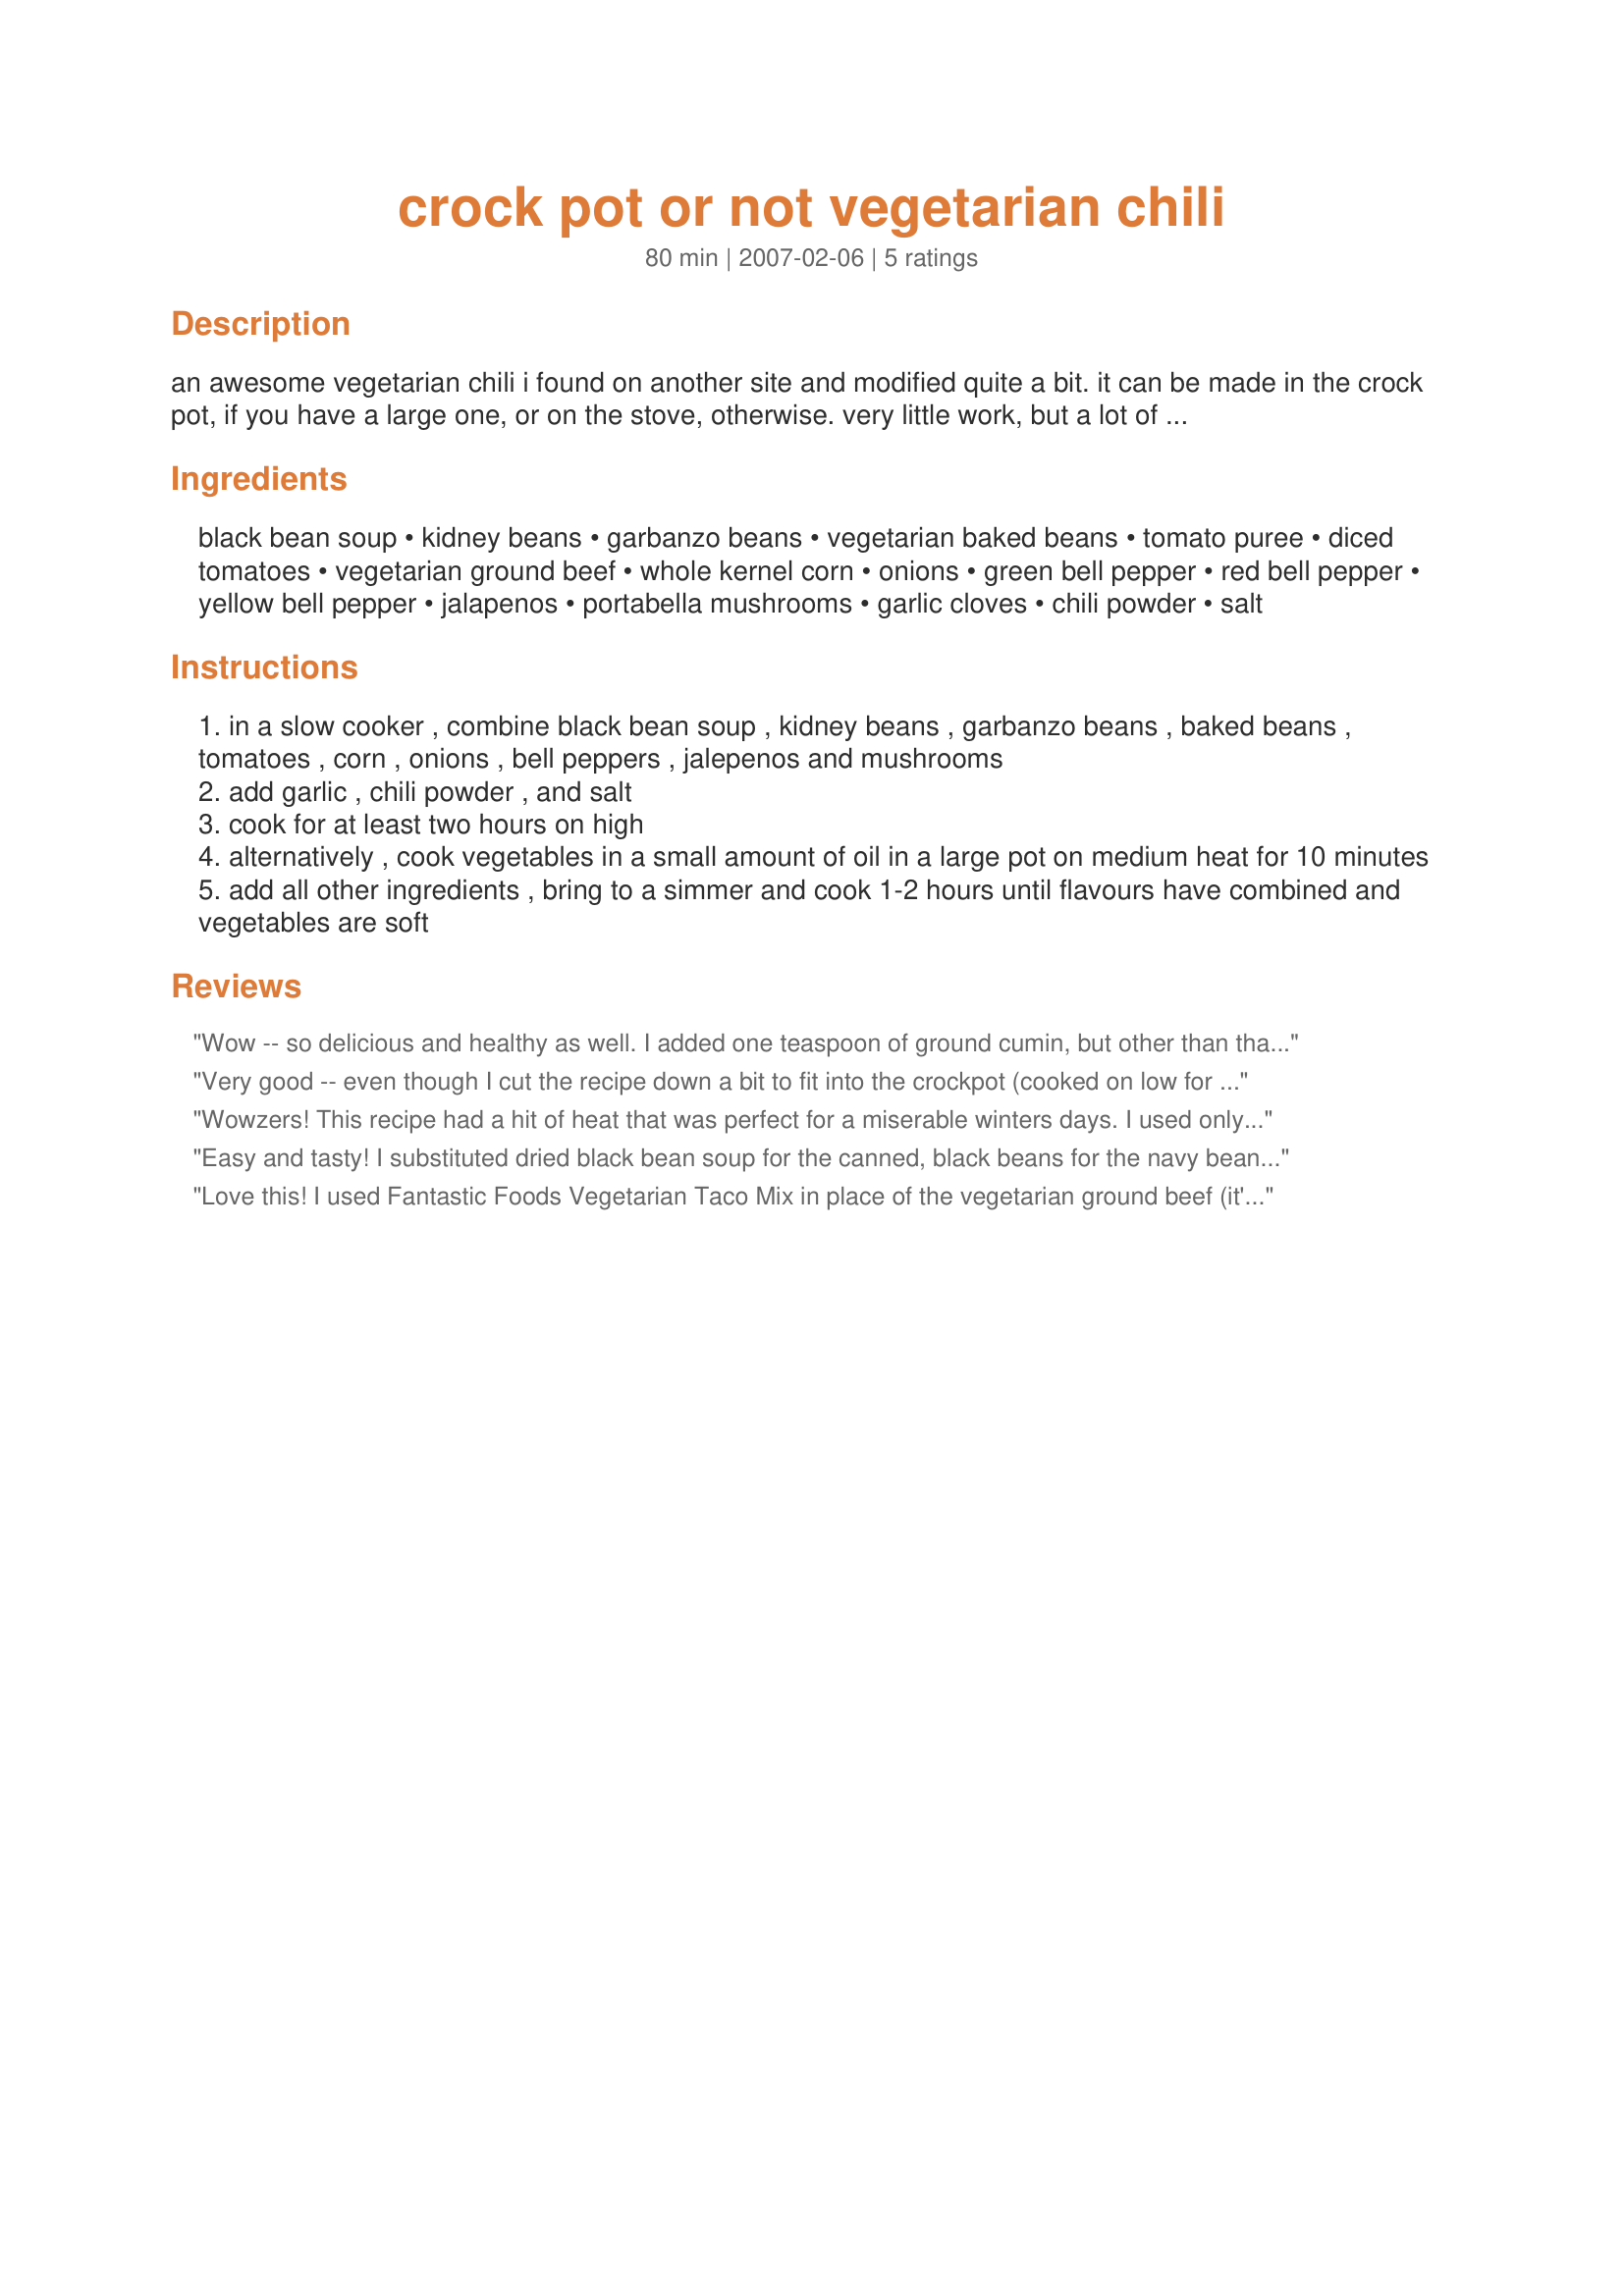
crock pot or not vegetarian chili
Preparation time: 80 minutes

an awesome vegetarian chili i found on another site and modified quite a bit. it can be made in the crock pot, if you have a large one, or on the stove, otherwise. very little work, but a lot of taste!

Ingredients:
black bean soup, kidney beans, garbanzo beans, vegetarian baked beans, tomato puree, diced tomatoes, vegetarian ground beef, whole kernel corn, onions, green bell pepper, red bell pepper, yellow bell pepper, jalapenos, portabella mushrooms, garlic cloves, chili powder, salt

Steps:
in a slow cooker , combine black bean soup , kidney beans , garbanzo beans , baked beans , tomatoes , corn , onions , bell peppers , jalepenos and mushrooms
add garlic , chili powder , and salt
cook for at least two hours on high
alternatively , cook vegetables in a small amount of oil in a large pot on medium heat for 10 minutes
add all other ingredients , bring to a simmer and cook 1-2 hours until flavours have combined and vegetables are soft

Reviews:
Wow -- so delicious and healthy as well. I added one teaspoon of ground cumin, but other than that I followed your recipe exactly as written. It turned out fabulous. The sauce had just the right amount of chili powder in it for our taste, and when cooked in the chili mixture for 2 hours on top of the stove, the soy protein veggie crumbles I used tasted just like hamburger. I chopped up the veggies the night before so it only took a few minutes this morning to put everything in my Dutch oven and begin cooking it. This is one chili recipe I'll most definitely make again.
Very good -- even though I cut the recipe down a bit to fit into the crockpot (cooked on low for 4 hours then it went to warm for another 6 hours or so). I skipped the baked beans, 2 bell peppers, 1 mushroom and only used 3 jalapenos (personal preference) and still it was hot enough for us! Thanks for sharing!
Wowzers! This recipe had a hit of heat that was perfect for a miserable winters days. I used only half of the chilli powder (with some sweet smoked paprika thrown in for good measure) but all of the fresh Jalapenos. I added some extras black beans as well as the black bean soup. The vegetarian 'mince', mushrooms and beans make for a VERY meaty vegetarian chilli that could fool an omni easily. The recipe makes a huge amount of chilli that could make it perfect for OAMC and I have so far served it with mashed potatos and saffron rice. Thanks for the fab recipe Katzen! Made for ZWT5 - Mexican leg!
Easy and tasty! I substituted dried black bean soup for the canned, black beans for the navy beans, and tomato sauce plus vegetarian canned broth to equal 28 oz. I also went easy on the jalapenos.
Got lots of raves from my husband's coworkers at school - they couldn't believe it was really vegetarian!
Love this! I used Fantastic Foods Vegetarian Taco Mix in place of the vegetarian ground beef (it's basically seasoned TVP); since that's seasoned I used regular black beans instead of the soup. I also reduced the jalepenos so my little ones wouldn't cry. This is a very delicious, versatile recipe, and I plan to make it a lot this winter! Thanks for yet another excellent recipe, Katzen!
